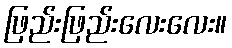
ဖြည်းဖြည်းလေးလေး။